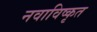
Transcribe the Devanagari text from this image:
नवाविष्कृत